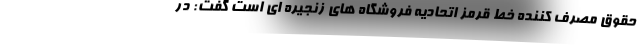
حقوق مصرف کننده خط قرمز اتحادیه فروشگاه های زنجیره ای است گفت: در